Vaccination in Bombay 1902-1912 - 1902-1912
Year: 1902
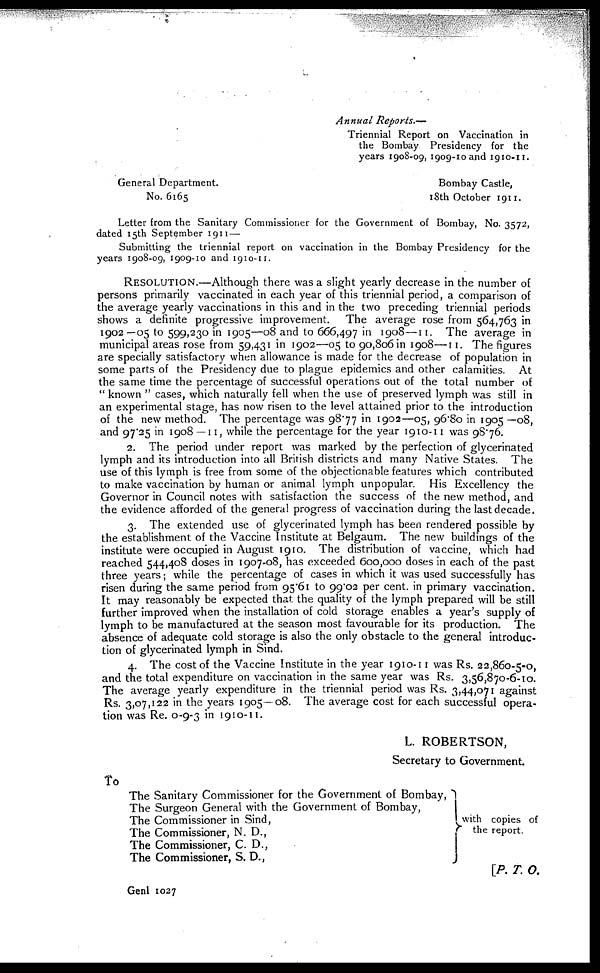
Annual Reports.—
Triennial Report on Vaccination in
the Bombay Presidency for the
years 1908-09, 1909-10 and 1910-11.
General Department.
Bombay Castle,
No. 6165
18th October 1911.
Letter from the Sanitary Commissioner for the Government of Bombay, No. 3572,
dated 15th September 1911 —
Submitting the triennial report on vaccination in the Bombay Presidency for the
years 1908-09, 1909-10 and 1910-11.
RESOLUTION.—Although there was a slight yearly decrease in the number of
persons primarily vaccinated in each year of this triennial period, a comparison of
the average yearly vaccinations in this and in the two preceding triennial periods
shows a definite progressive improvement.
The average rose from 564,763 in
1902—05 to 599,230 in 1905—08 and to 666,497 in 1908—11. The average in
municipal areas rose from 59,431 in 1902—05 to 90,806 in 1908—11. The figures
are specially satisfactory when allowance is made for the decrease of population in
some parts of the Presidency due to plague epidemics and other calamities. At
the same time the percentage of successful operations out of the total number of
" known " cases, which naturally fell when the use of preserved lymph was still in
an experimental stage, has now risen to the level attained prior to the introduction
of the new method. The percentage was 98.77 in 1902—05, 96.80 in 1905 —08,
and 97.25 in 1908 —11, while the percentage for the year 1910-11 was 98.76.
2. The period under report was marked by the perfection of glycerinated
lymph and its introduction into all British districts and many Native States. The
use of this lymph is free from some of the objectionable features which contributed
to make vaccination by human or animal lymph unpopular. His Excellency the
Governor in Council notes with satisfaction the success of the new method, and
the evidence afforded of the general progress of vaccination during the last decade.
3. The extended use of glycerinated lymph has been rendered possible by
the establishment of the Vaccine Institute at Belgaum. The new buildings of the
institute were occupied in August 1910. The distribution of vaccine, which had
reached 544,408 doses in 1907-08, has exceeded 600,000 doses in each of the past
three years; while the percentage of cases in which it was used successfully has
risen during the same period from 95.61 to 99.02 per cent. in primary vaccination.
It may reasonably be expected that the quality of the lymph prepared will be still
further improved when the installation of cold storage enables a year's supply of
lymph to be manufactured at the season most favourable for its production. The
absence of adequate cold storage is also the only obstacle to the general introduc-
tion of glycerinated lymph in Sind.
4. The cost of the Vaccine Institute in the year 1910-11 was Rs. 22,860-5-0,
and the total expenditure on vaccination in the same year was Rs. 3,56,870-6-10.
The average yearly expenditure in the triennial period was Rs. 3,44,071 against
Rs. 3,07,122 in the years 1905—08. The average cost for each successful opera-
tion was Re. 0-9-3 in 1910-11.
L. ROBERTSON,
Secretary to Government.
10
The Sanitary Commissioner for the Government of Bombay,
The Surgeon General with the Government of Bombay,
The Commissioner in Sind,
The Commissioner, N. D.,
The Commissioner, C. D.,
The Commissioner, S. D.,
with copies of
the report.
[P. T. O.
Genl 1027